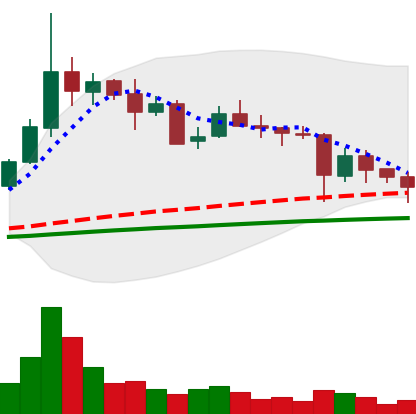
Ticker: ETC-USD
Chart end date: 2021-05-23
Forward return: 31.545%
Label: up_7plus